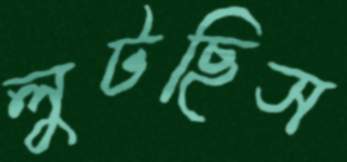
লুটছিস